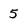
Character: 5